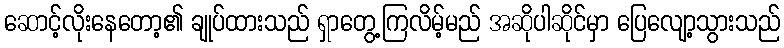
ဆောင့်လိုးနေတော့၏ ချုပ်ထားသည် ရှာတွေ့ကြလိမ့်မည် အဆိုပါဆိုင်မှာ ပြေလျော့သွားသည်